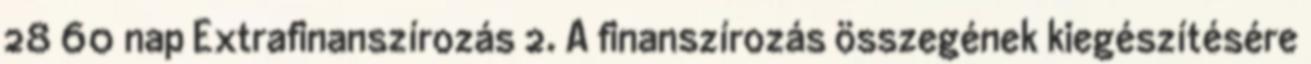
28 60 nap Extrafinanszírozás 2. A finanszírozás összegének kiegészítésére